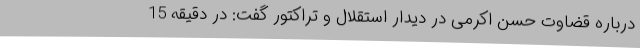
درباره قضاوت حسن اکرمی در دیدار استقلال و تراکتور گفت: در دقیقه 15